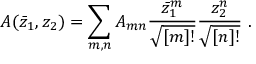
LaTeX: A ( \bar { z } _ { 1 } , z _ { 2 } ) = \sum _ { m , n } A _ { m n } \frac { \bar { z } _ { 1 } ^ { m } } { \sqrt { [ m ] ! } } \frac { z _ { 2 } ^ { n } } { \sqrt { [ n ] ! } } \ .